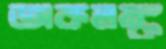
অকলঙ্ক